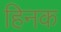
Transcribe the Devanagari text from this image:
हिनक